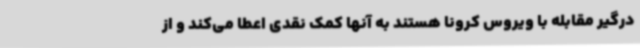
درگیر مقابله با ویروس کرونا هستند به آنها کمک نقدی اعطا می‌کند و از